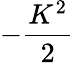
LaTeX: -\frac{K^{2}}{2}